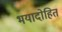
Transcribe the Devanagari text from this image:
भयादोहित